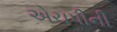
એચપીની